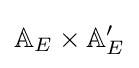
\mathbb {A} _{E}\times \mathbb {A} _{E}'